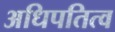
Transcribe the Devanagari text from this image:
अधिपतित्व